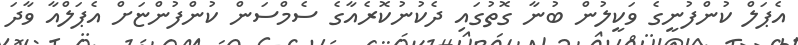
އެޕަލް ކުންފުނީގެ ވަކީލުން ބުނާ ގޮތުގައި ދެކުނުކޮރެއާގެ ސެމްސަން ކުންފުންޏަށް އެޕަލްއާ ވާދަ